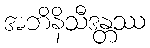
အဘိနိသီဒန္တဿ